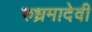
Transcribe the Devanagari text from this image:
रुध्रमादेवी